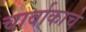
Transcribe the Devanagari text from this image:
चार्वाकाचे